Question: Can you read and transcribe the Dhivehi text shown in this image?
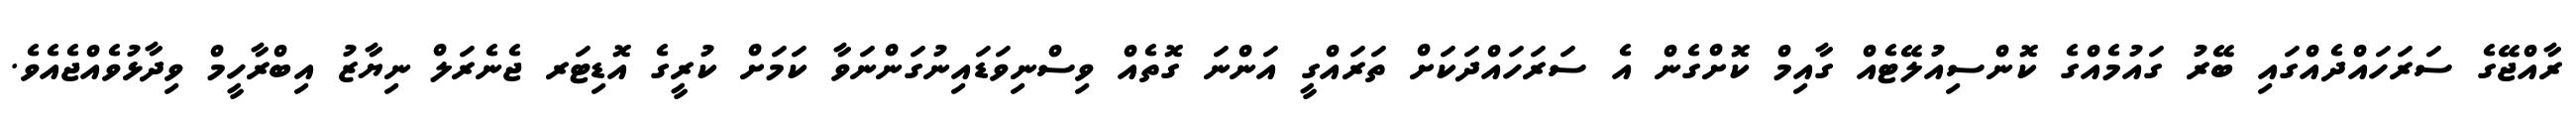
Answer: ރާއްޖޭގެ ސަރަހައްދެއްގައި ބޭރު ގައުމެއްގެ ކޮންސިއުލޭޓެއް ގާއިމް ކޮށްގެން އެ ސަރަހައްދަކަށް ތަރައްގީ އަންނަ ގޮތެއް ވިސްނިވަޑައިނުގަންނަވާ ކަމަށް ކުރީގެ އޮޑިޓަރ ޖެނެރަލް ނިޔާޒު އިބްރާހީމް ވިދާޅުވެއްޖެއެވެ.